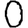
Digit: 0